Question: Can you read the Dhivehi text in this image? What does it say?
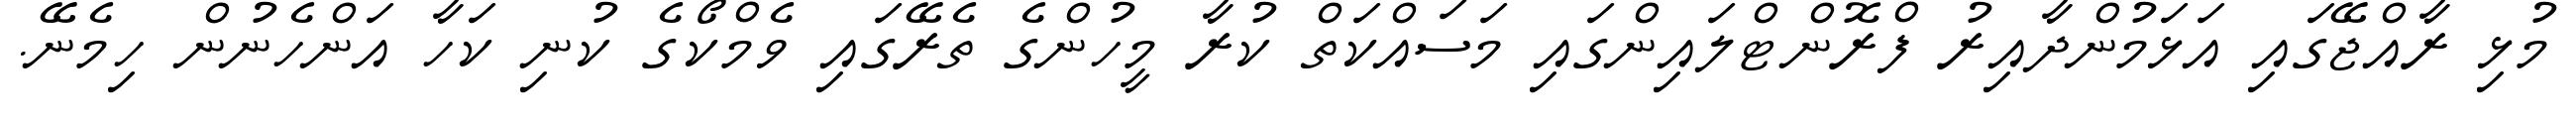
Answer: މުޅި ރާއްޖޭގައި އަޅަމުންދާއިރު ފްރޮންޓްލައިންގައި މަސައްކަތް ކުރާ މީހުންގެ ތެރޭގައި ވެމްކޯގެ ކުނި ކަހާ އަންހެނުން ހިމެނޭ.